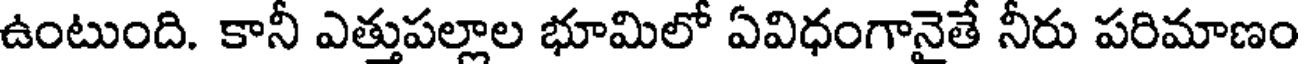
ఉంటుంది. కానీ ఎత్తుపల్లాల భూమిలో ఏవిధంగానైతే నీరు పరిమాణం